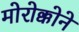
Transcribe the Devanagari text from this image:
मोरोक्कोने